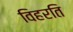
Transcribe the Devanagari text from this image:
विहरति